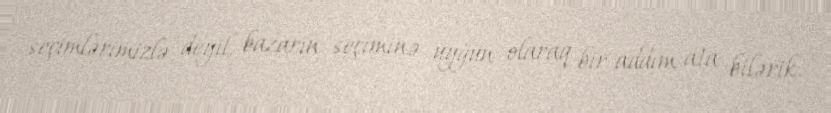
seçimlərimizlə deyil, bazarın seçiminə uyğun olaraq bir addım ata bilərik.